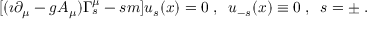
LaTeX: [ ( \imath \partial _ { \mu } - g A _ { \mu } ) \Gamma _ { s } ^ { \mu } - s m ] u _ { s } ( x ) = 0 \; , \; \; u _ { - s } ( x ) \equiv 0 \; , \; \; s = \pm \; .